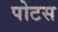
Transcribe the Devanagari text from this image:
पोटस